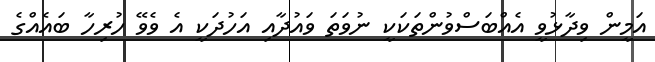
އަމީން ވިދާޅުވީ އެއްބަސްވުންތަކަކީ ނުވަތަ ވައުދާއި އަހުދަކީ އެ ވެވޭ ހުރިހާ ބައެއްގެ